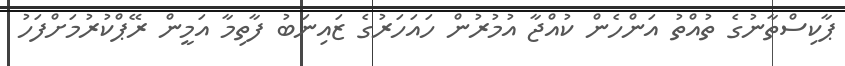
ޕާކިސްތާނުގެ ތުއްތު އަންހެން ކުއްޖާ އުމުރުން ހައަހަރުގެ ޒައިނަބު ފާތިމާ އަމީން ރޭޕްކުރުމަށްފަހު